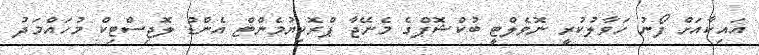
އައިކާއަށް ފޯނު ހަވާލުކުރީ ނޮވެލްޓީ ބުކްޝޮޕްގެ މެނޭޖާ ޕްރޮކިޔުމެންޓް އެންޑް ލޮޖިސްޓިކް މުހައްމަދު